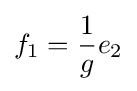
f_{1}={\frac {1}{g}}e_{2}